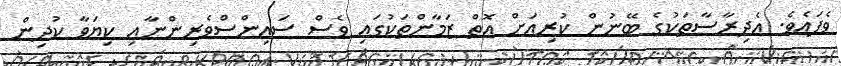
ވެފައެވެ. އެދިރާސާތަކުގެ ބޭނުން ކުރިއަށް އޮތް ޒަމާންތަކުގައި ވެސް ސައިންސްވެރިންނާއި ކިޔަވާ ކުދިން